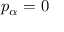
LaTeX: p _ { \alpha } = 0